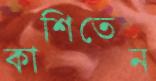
কাশিতেন